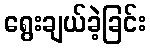
ရွေးချယ်ခဲ့ခြင်း